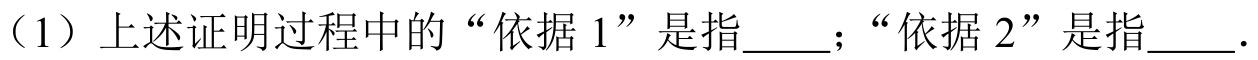
（1）上述证明过程中的“依据 1”是指  ；“依据 2”是指  ．